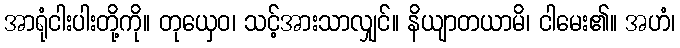
အာရုံငါးပါးတို့ကို။ တုယှေဝ၊ သင့်အားသာလျှင်။ နိယျာတယာမိ၊ ငါမေး၏။ အဟံ၊